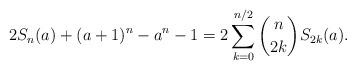
LaTeX: \begin{align*}2S_n(a)+(a+1)^n-a^n-1=2 \sum_{k=0}^{n/2} \binom{n}{2k} S_{2k}(a).\end{align*}